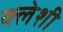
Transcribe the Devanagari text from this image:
क्लेशी